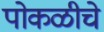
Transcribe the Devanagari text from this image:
पोकळीचे